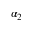
\alpha _ { 2 }